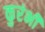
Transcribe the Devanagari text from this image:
कुरंभी